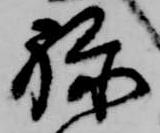
禄